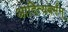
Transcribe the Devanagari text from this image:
आदित्यवर्मन्‌